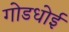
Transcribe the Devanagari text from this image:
गोडधोई